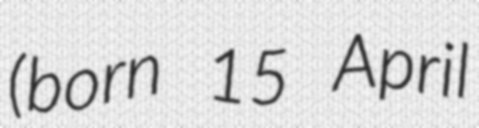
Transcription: (born 15 April